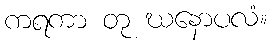
ကရကာ တု ဃနောပလံ။